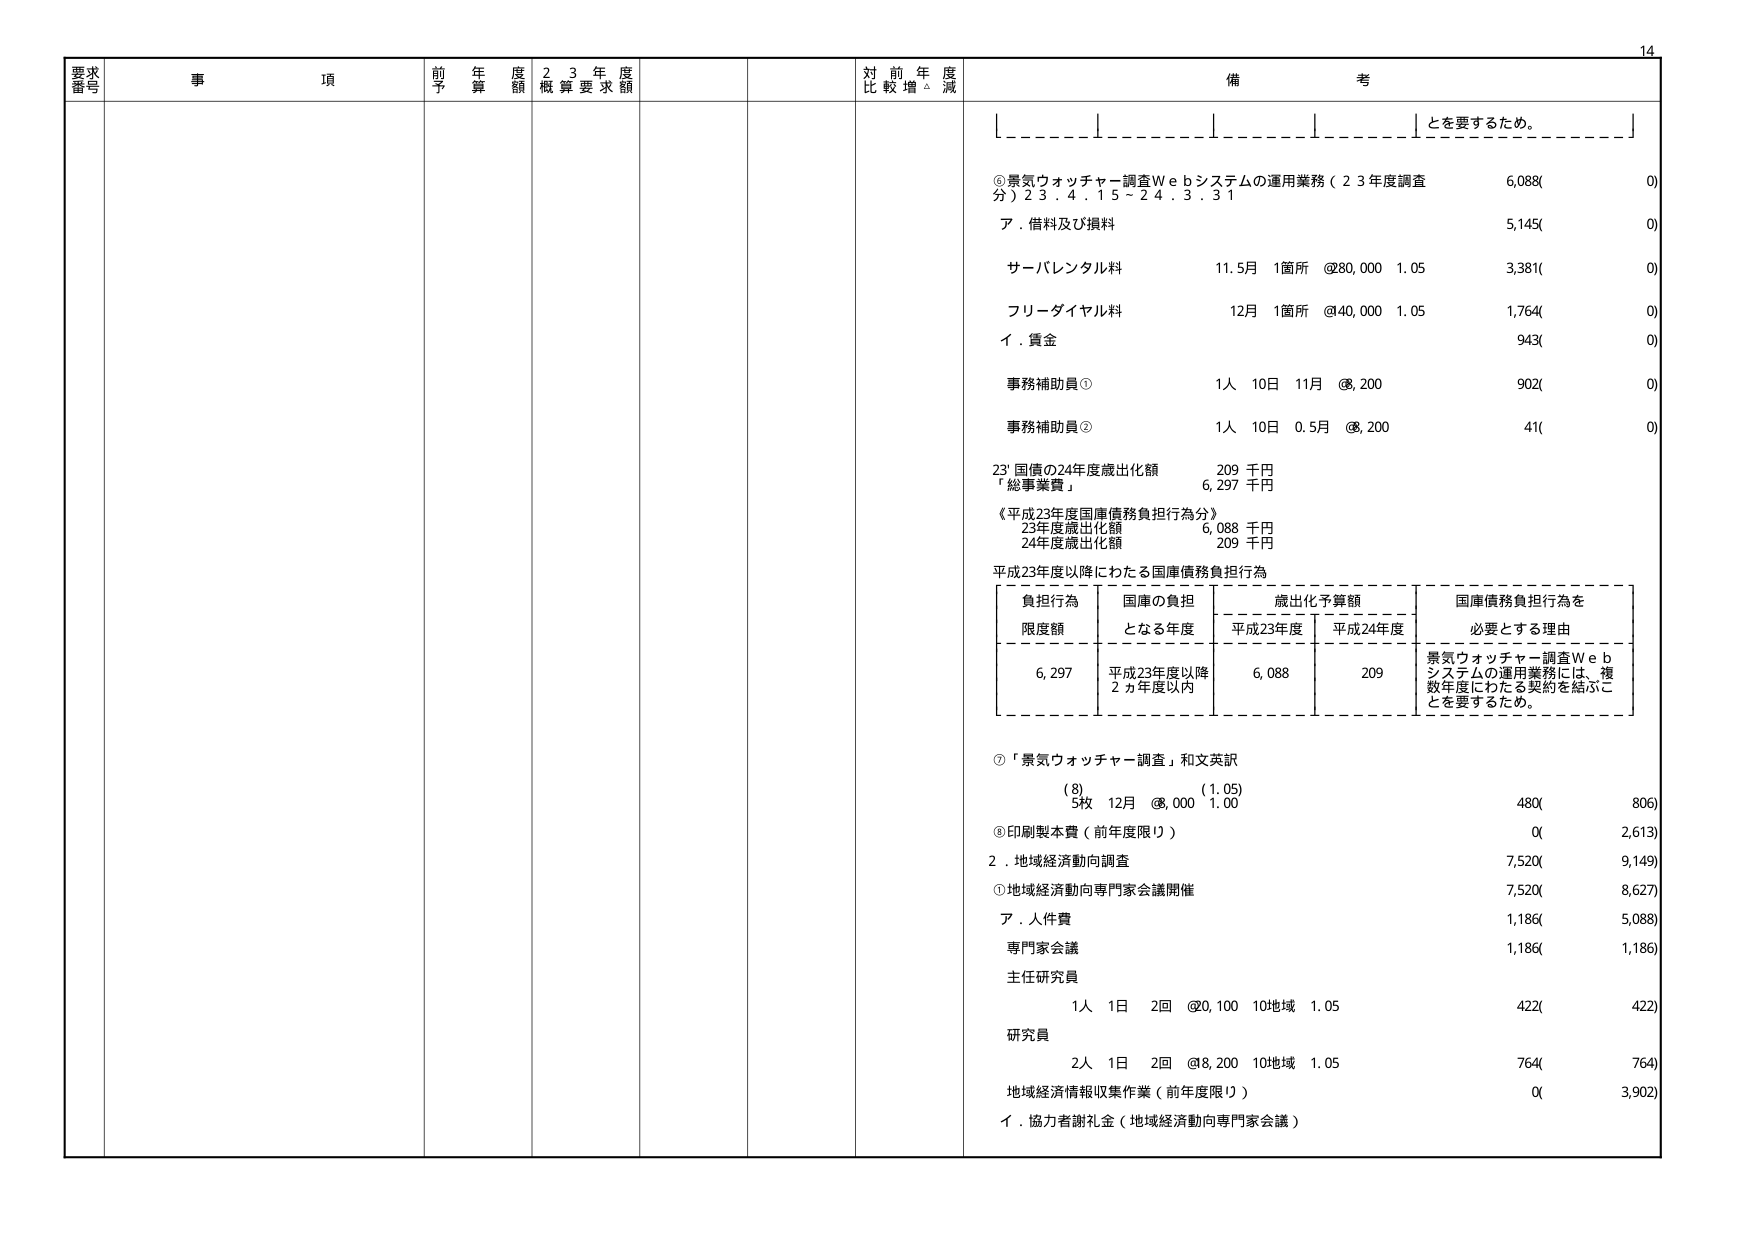
要求番号
事項
前年度予算額
23年度概算要求額
対前年度比較増減
備考
とを要するため。
⑥景気ウォッチャー調査Ｗｅｂシステムの運用業務（23年度調査分）23.4.15～24.3.31
6,088(0)
ア．借料及び損料
5,145(0)
サーバレンタル料
11.5月 1箇所 @80,000 1.05
3,381(0)
フリーダイヤル料
12月 1箇所 @40,000 1.05
1,764(0)
イ．賃金
943(0)
事務補助員①
1人 10日 11月 @8,200
902(0)
事務補助員②
1人 10日 0.5月 @8,200
41(0)
23'国債の24年度歳出化額
209 千円
「総事業費」
6,297 千円
《平成23年度国庫債務負担行為分》
23年度歳出化額
6,088 千円
24年度歳出化額
209 千円
平成23年度以降にわたる国庫債務負担行為
負担行為限度額
国庫の負担となる年度
歳出化予算額
国庫債務負担行為を必要とする理由
平成23年度
平成24年度
6,297
平成23年度以降2ヵ年度以内
6,088
209
景気ウォッチャー調査Ｗｅｂシステムの運用業務には、複数年度にわたる契約を結ぶことを要するため。
⑦「景気ウォッチャー調査」和文英訳
(8)
(1.05)
5枚 12月 @8,000 1.00
480(806)
⑧印刷製本費（前年度限り）
0(2,613)
2．地域経済動向調査
7,520(9,149)
①地域経済動向専門家会議開催
7,520(8,627)
ア．人件費
1,186(5,088)
専門家会議
1,186(1,186)
主任研究員
1人 1日 2回 @20,100 10地域 1.05
422(422)
研究員
2人 1日 2回 @8,200 10地域 1.05
764(764)
地域経済情報収集作業（前年度限り）
0(3,902)
イ．協力者謝礼金（地域経済動向専門家会議）